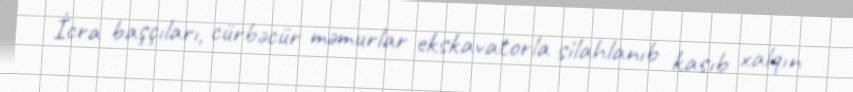
İcra başçıları, cürbəcür məmurlar ekskavatorla silahlanıb kasıb xalqın